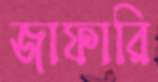
জাফারি